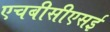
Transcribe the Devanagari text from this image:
एचबीसीएसई